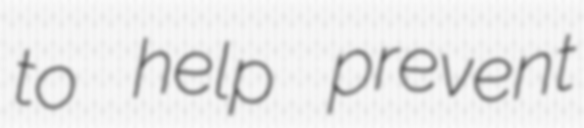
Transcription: to help prevent